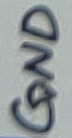
Text: GND